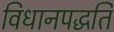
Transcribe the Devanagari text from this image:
विधानपद्धति